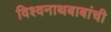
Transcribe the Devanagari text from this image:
विश्वनाथबाबांची